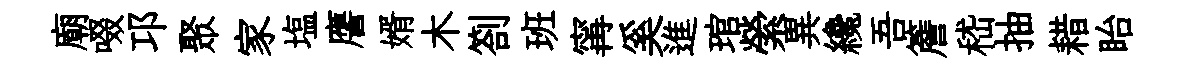
廟啜邛聚家塩譍婿木劄班𡩋奚進琯縈異纔吾簷嵇抽耤眙